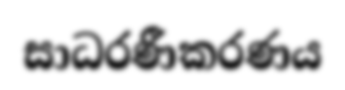
සාධරණීකරණය